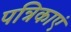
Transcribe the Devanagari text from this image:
पत्रिकाएं